Annual report on the mental hospital in the Central Provinces and Berar (Nagpur) - 1927-1951
Year: 1927
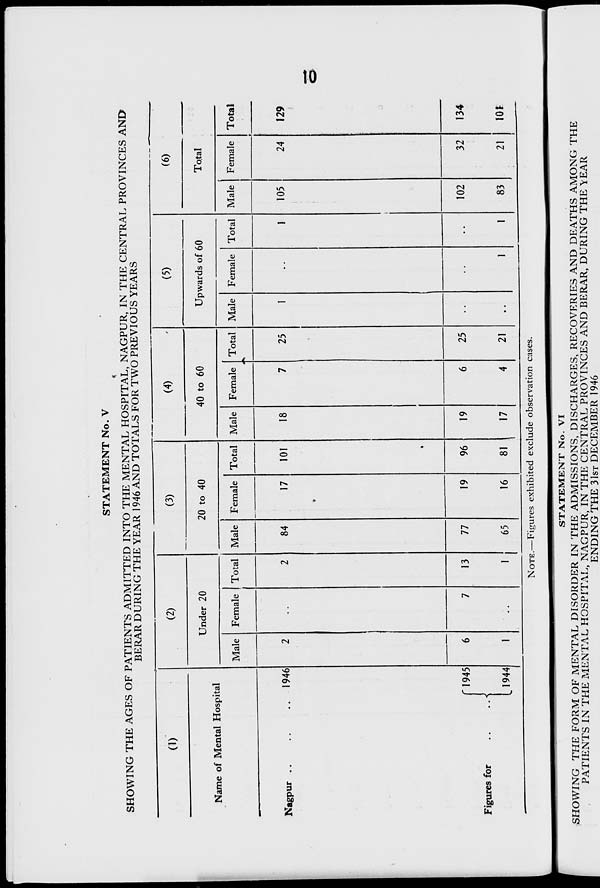
STATEMENT No. V
SHOWING THE AGES OF PATIENTS ADMITTED INTO THE MENTAL HOSPITAL, NAGPUR, IN THE CENTRAL PROVINCES AND
BERAR DURING THE YEAR 1946 AND TOTALS FOR TWO PREVIOUS YEARS
(1)
(2)
(3)
(4)
(5)
(6)
Name of Mental Hospital
Under 20
20 to 40
40 to 60
Upwards of 60
Total
Male Female Total Male Female Total Male Female Total
4 '
Male Female Total Male Female Total
■
Nagpur ..
.. 1946
2
2
84
17
*
101
18
7
25
1
1
105
24
129
Figures for
.. *
"1945
.1944
6
1
7
13
1
77
65
19
16
96
81
19
17
6
4
25
21
1
1
102
83
32
21
134
lot
NOTE.—Figures exhibited exclude observation cases.
STATEMENT No. VI
SHOWING THE FORM OF MENTAL DISORDER IN THE ADMISSIONS, DISCHARGES, RECOVERIES AND DEATHS AMONG THE
PATIENTS IN THE MENTAL HOSPITAL, NAGPUR, IN THE CENTRAL PROVINCES AND BERAR, DURING THE YEAR
ENDING THE 3 1ST DECEMBER 1946